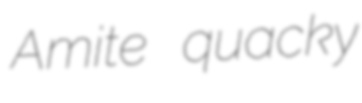
Amite quacky